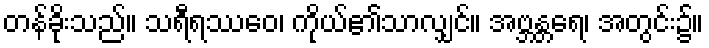
တန်ခိုးသည်။ သရီရဿေဝ၊ ကိုယ်၏သာလျှင်။ အဗ္ဘန္တရေ၊ အတွင်း၌။